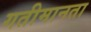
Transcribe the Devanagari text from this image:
गतीमानता